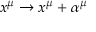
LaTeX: x ^ { \mu } \rightarrow x ^ { \mu } + \alpha ^ { \mu }